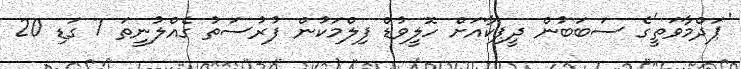
'ޕަދްމާވަތީ'ގެ ސަބަބުން ދީޕިކާއަށް ހޮލީވުޑް ފިލްމަކުން ފުރުސަތު ގެއްލުނީތަ 7 ގަޑި 20